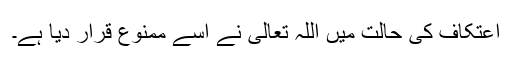
اعتکاف کی حالت میں اللہ تعالیٰ نے اِسے ممنوع قرار دیا ہے۔